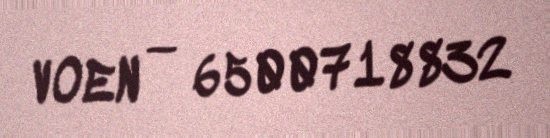
VOEN — 6500718832